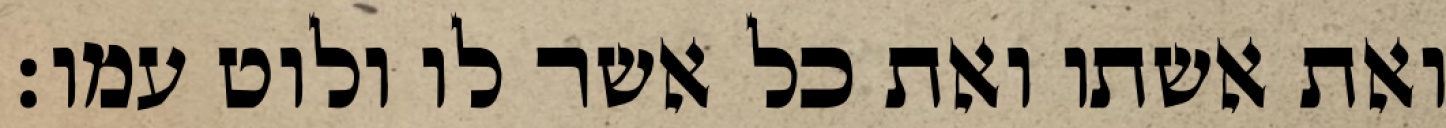
ואת אשתו ואת כל אשר לו ולוט עמו׃